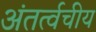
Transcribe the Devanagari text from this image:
अंतर्त्वचीय